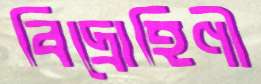
বিদ্রোহিণী